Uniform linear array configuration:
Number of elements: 64
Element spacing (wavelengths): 0.25
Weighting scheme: cosine
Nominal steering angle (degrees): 15
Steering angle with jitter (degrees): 15.794
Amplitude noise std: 0.05
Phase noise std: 0.05

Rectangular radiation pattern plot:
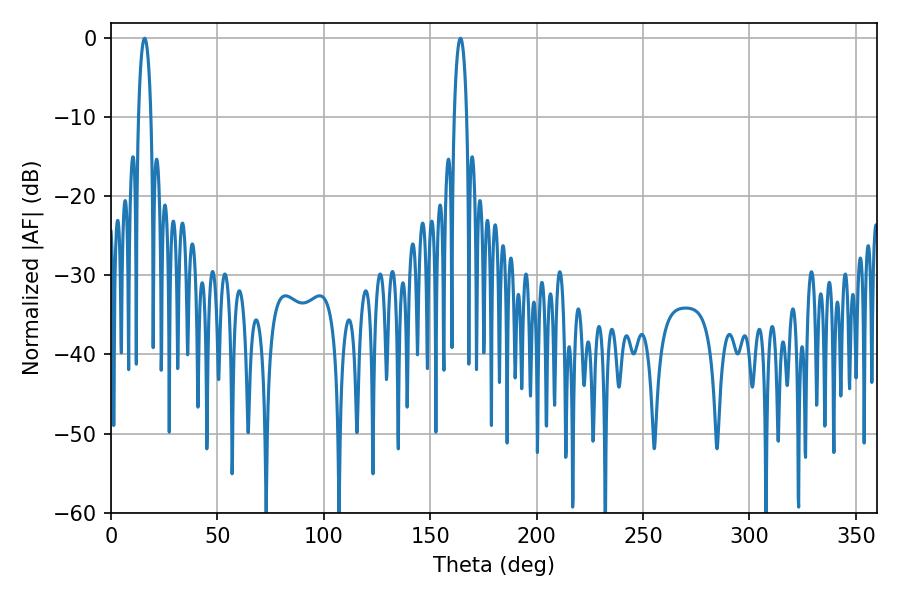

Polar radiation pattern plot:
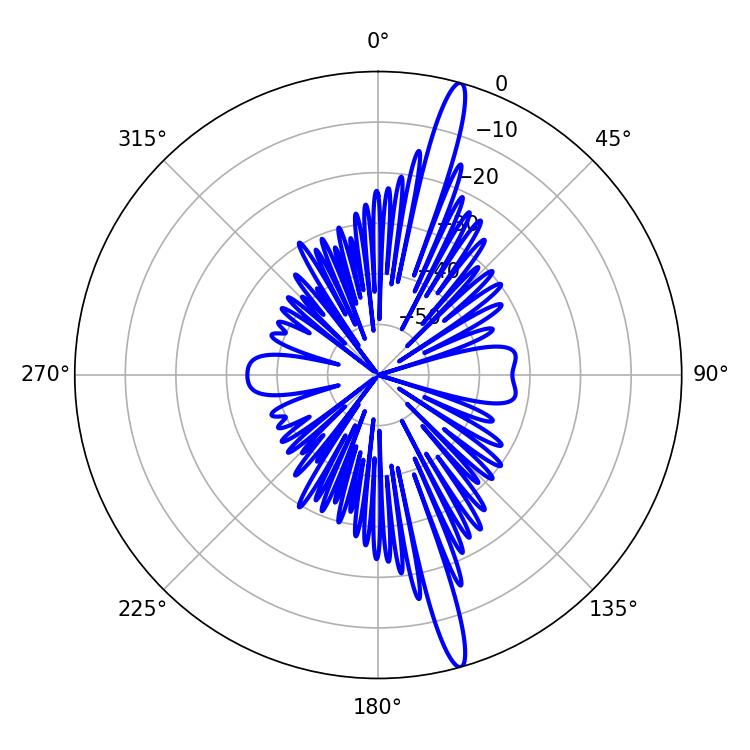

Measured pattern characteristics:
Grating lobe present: FALSE
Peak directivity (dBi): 17.478
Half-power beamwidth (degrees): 3.24
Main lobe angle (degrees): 164.16